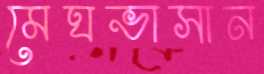
মেঘভাসান